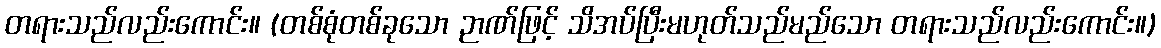
တရားသည်လည်းကောင်း။ (တစ်စုံတစ်ခုသော ဉာဏ်ဖြင့် သိအပ်ပြီးမဟုတ်သည်မည်သော တရားသည်လည်းကောင်း။)